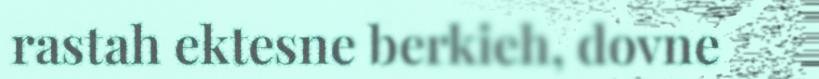
rastah ektesne berkieh, dovne